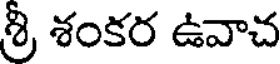
శ్రీ శంకర ఉవాచ